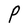
Character: P